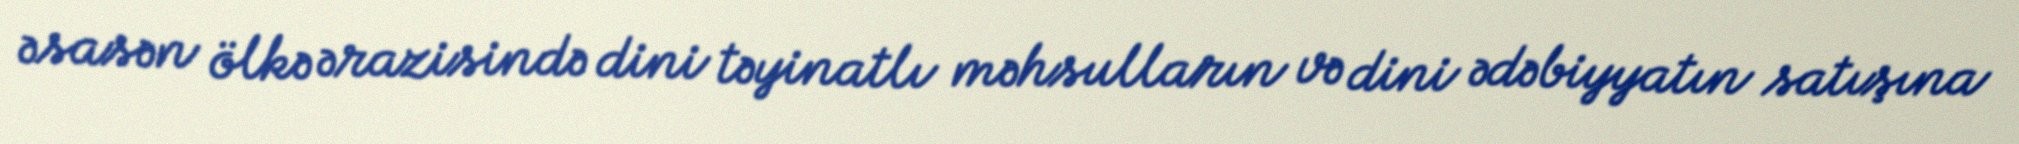
əsasən ölkə ərazisində dini təyinatlı məhsulların və dini ədəbiyyatın satışına